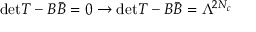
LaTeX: \mathrm { d e t } T - B \bar { B } = 0 \rightarrow \mathrm { d e t } T - B \bar { B } = \Lambda ^ { 2 N _ { c } }